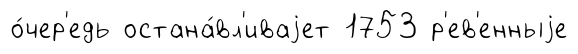
о́чер'едь остана́вл'иваjет 1753 р'ев'енныjе